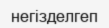
негізделгеп